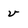
Character: v